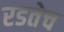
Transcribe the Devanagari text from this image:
रडतेच